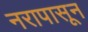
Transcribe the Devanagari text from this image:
नरापासून